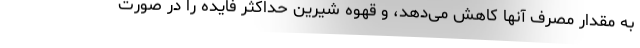
به مقدار مصرف آنها کاهش می‌دهد، و قهوه شیرین حداکثر فایده را در صورت